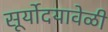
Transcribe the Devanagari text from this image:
सूर्योदयावेळी